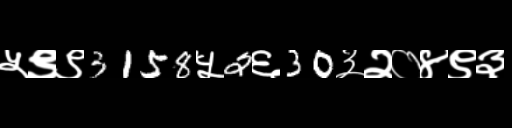
Text: ५९९3158५2६30३२०४९३